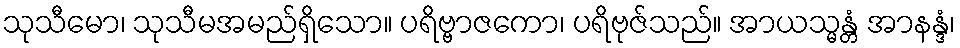
သုသီမော၊ သုသီမအမည်ရှိသော။ ပရိဗ္ဗာဇကော၊ ပရိဗုဇ်သည်။ အာယသ္မန္တံ အာနန္ဒံ၊